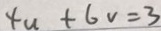
4 u + 6 v = 3